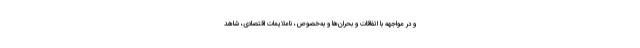
و در مواجهه با اتفاقات و بحران‌ها و به‌خصوص، ناملایمات اقتصادی، شاهد